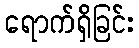
ရောက်ရှိခြင်း